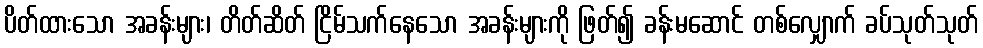
ပိတ်ထားသော အခန်းများ၊ တိတ်ဆိတ် ငြိမ်သက်နေသော အခန်းများကို ဖြတ်၍ ခန်းမဆောင် တစ်လျှောက် ခပ်သုတ်သုတ်